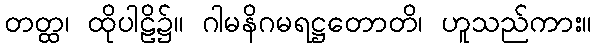
တတ္ထ၊ ထိုပါဠိ၌။ ဂါမနိဂမရဋ္ဌတောတိ၊ ဟူသည်ကား။